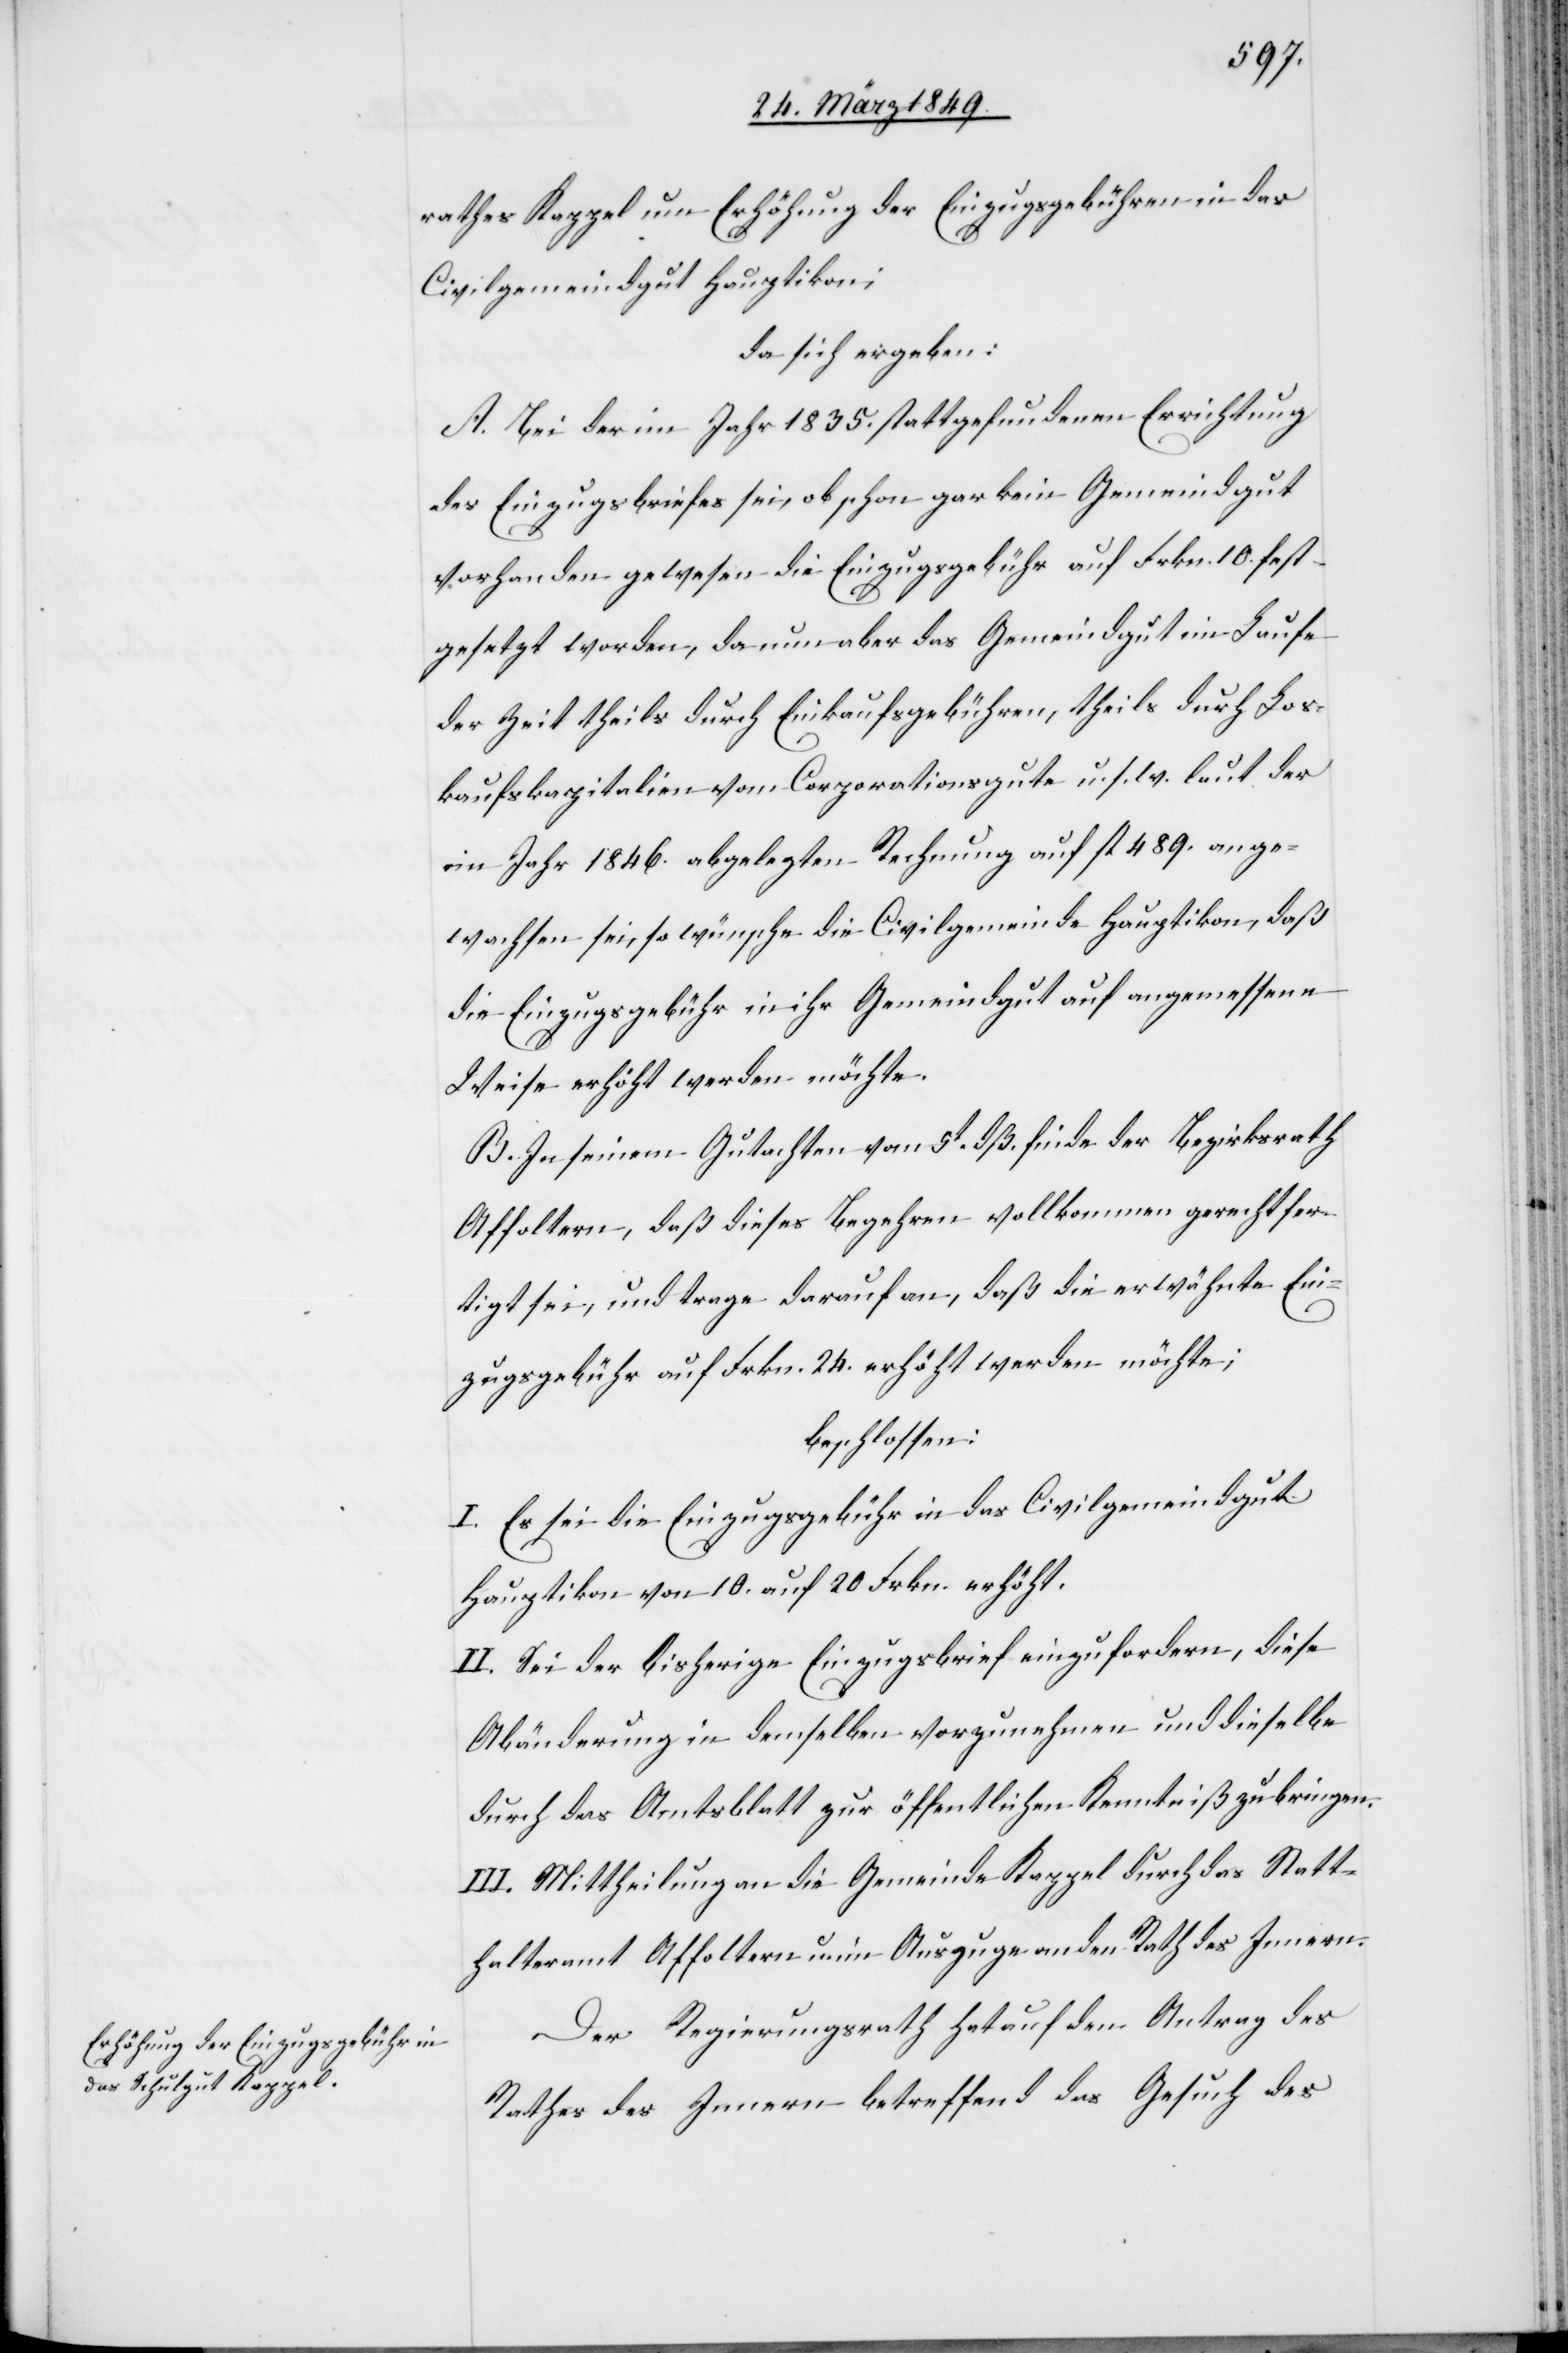
rathes Kappel um Erhöhung der Einzugsgebühren in das
Civilgemeindgut Hauptikon;
da sich ergeben:
A. Bei der im Jahr 1835. stattgefundenen Errichtung
des Einzugsbriefes sei, obschon gar kein Gemeindgut
vorhanden gewesen die Einzugsgebühr auf Frkn. 10. fest¬
gesetzt worden, da nun aber das Gemeindgut im Laufe
der Zeit theils durch Einkaufsgebühren, theils durch Los¬
kaufskapitalien vom Corporationsgute u. s. w. laut der
im Jahr 1846. abgelegten Rechnung auf fl. 489. ange¬
wachsen sei, so wünsche die Civilgemeinde Hauptikon, daß
die Einzugsgebühr in ihr Gemeindgut auf angemessene
Weise erhöht werden möchte.
B. In seinem Gutachten vom 5t. dß. finde der Bezirksrath
Affoltern, daß dieses Begehren vollkommen gerechtfer¬
tigt sei, und trage darauf an, daß die erwähnte Ein¬
zugsgebühr auf Frkn. 24. erhöht werden möchte;
beschlossen:
I. Es sei die Einzugsgebühr in das Civilgemeindgut
Hauptikon von 10. auf 20. Frkn. erhöht.
II. Sei der bisherige Einzugsbrief einzufordern, diese
Abänderung in demselben vorzunehmen und dieselbe
durch das Amtsblatt zur öffentlichen Kenntniß zu bringen.
III. Mittheilung an die Gemeinde Kappel durch das Statt¬
halteramt Affoltern u. im Auszuge an den Rath des Innern.
Der Regierungsrath hat auf den Antrag des
Rathes des Innern betreffend das Gesuch des